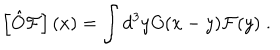
\left[ \hat { O } \mathcal { F } \right] ( x ) = \int d ^ { 3 } y O ( x - y ) \mathcal { F } ( y ) \; .